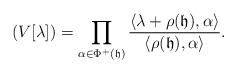
LaTeX: \begin{align*}(V[\lambda])=\prod_{\alpha\in\Phi^+({\mathfrak h})}\frac{\langle \lambda+\rho({\mathfrak h}),\alpha\rangle}{\langle\rho({\mathfrak h}),\alpha\rangle}.\end{align*}